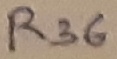
Text: R36